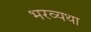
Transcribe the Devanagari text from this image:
भरव्यथा